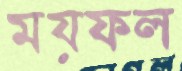
ময়ফল